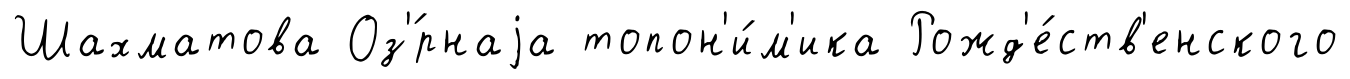
Шахматова Оз'́рнаjа топон'и́м'ика Рожд'е́ств'енского